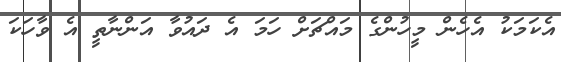
އެކަމަކު އެހެން މީހުންގެ މައްޗަށް ހަމަ އެ ދައުވާ އަންނާތީ އެ ވާހަކަ